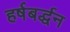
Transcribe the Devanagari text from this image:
हर्षबर्द्धन